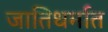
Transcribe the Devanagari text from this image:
जातिधर्मात